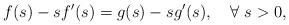
LaTeX: \begin{align*} f(s)-sf'(s)=g(s)-sg'(s),~~~\forall~ s>0,\end{align*}